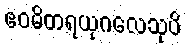
ဧဝမိတရယုဂလေသုပိ